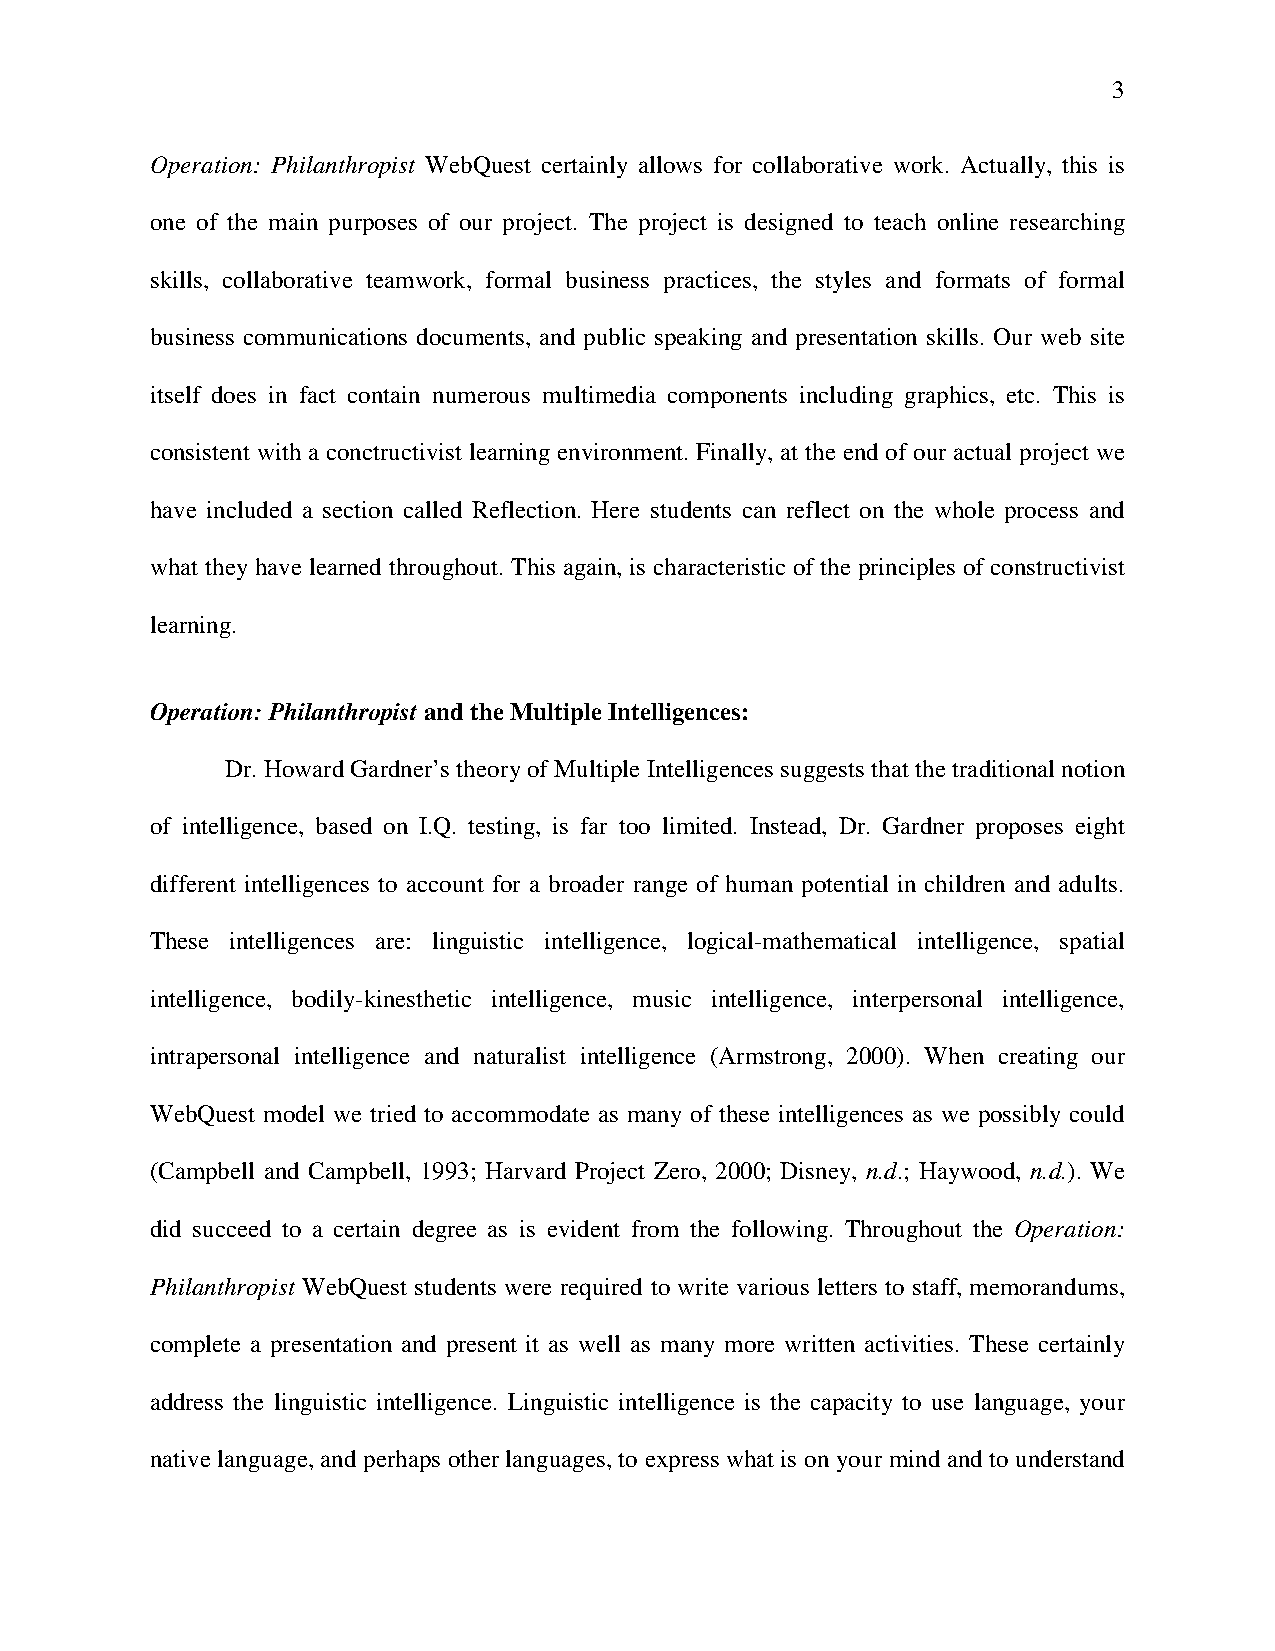
3
 Operation: Philanthropist WebQuest certainly allows for collaborative work. Actually, this is
 one of the main purposes of our project. The project is designed to teach online researching
 skills, collaborative teamwork, formal business practices, the styles and formats of formal
 business communications documents, and public speaking and presentation skills. Our web site
 itself does in fact contain numerous multimedia components including graphics, etc. This is
 consistent with a conctructivist learning environment. Finally, at the end of our actual project we
 have included a section called Reflection. Here students can reflect on the whole process and
 what they have learned throughout. This again, is characteristic of the principles of constructivist
 learning.
 Operation: Philanthropist and the Multiple Intelligences:
 Dr. Howard Gardner’s theory of Multiple Intelligences suggests that the traditional notion
 of intelligence, based on I.Q. testing, is far too limited. Instead, Dr. Gardner proposes eight
 different intelligences to account for a broader range of human potential in children and adults.
 These intelligences are: linguistic intelligence, logical-mathematical intelligence, spatial
 intelligence, bodily-kinesthetic intelligence, music intelligence, interpersonal intelligence,
 intrapersonal intelligence and naturalist intelligence (Armstrong, 2000). When creating our
 WebQuest model we tried to accommodate as many of these intelligences as we possibly could
 (Campbell and Campbell, 1993; Harvard Project Zero, 2000; Disney, n.d.; Haywood, n.d.). We
 did succeed to a certain degree as is evident from the following. Throughout the Operation:
 Philanthropist WebQuest students were required to write various letters to staff, memorandums,
 complete a presentation and present it as well as many more written activities. These certainly
 address the linguistic intelligence. Linguistic intelligence is the capacity to use language, your
 native language, and perhaps other languages, to express what is on your mind and to understand